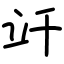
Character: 竏